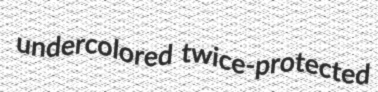
undercolored twice-protected